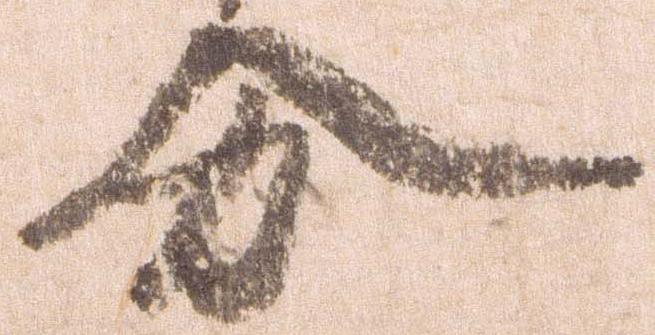
分